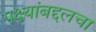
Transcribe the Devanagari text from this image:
पक्ष्यांबद्दलचा